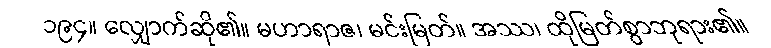
၁၉၄။ လျှောက်ဆို၏။ မဟာရာဇ၊ မင်းမြတ်။ အဿ၊ ထိုမြတ်စွာဘုရား၏။